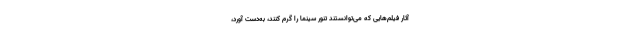
آثار فیلم‌هایی که می‌توانستند تنور سینما را گرم کنند، به‌دست آورد،